Plague in India, 1896, 1897 - Volume 2
Year: 1896
Disease focus: Plague
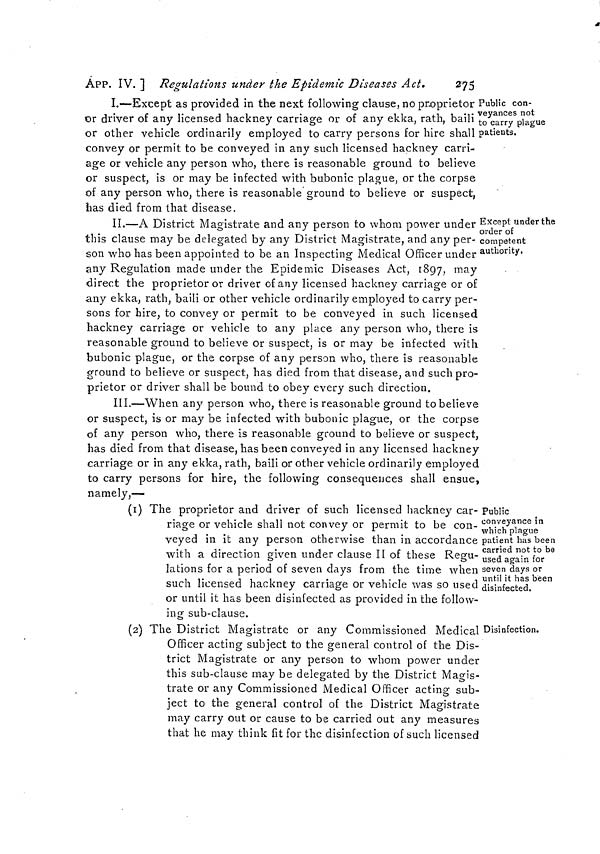
APP. IV. ] Regulations under the Epidemic Diseases Act.
275
Public con-
veyances not
to carry plague
patients.
I.—Except as provided in the next following clause, no proprietor
or driver of any licensed hackney carriage or of any ekka, rath, baili
or other vehicle ordinarily employed to carry persons for hire shall
convey or permit to be conveyed in any such licensed hackney carri-
age or vehicle any person who, there is reasonable ground to believe
or suspect, is or may be infected with bubonic plague, or the corpse
of any person who, there is reasonable ground to believe or suspect,
has died from that disease.
Except under the
order of
competent
authority.
II.—A District Magistrate and any person to whom power under
this clause may be delegated by any District Magistrate, and any per-
son who has been appointed to be an Inspecting Medical Officer under
any Regulation made under the Epidemic Diseases Act, 1897, may
direct the proprietor or driver of any licensed hackney carriage or of
any ekka, rath, baili or other vehicle ordinarily employed to carry per-
sons for hire, to convey or permit to be conveyed in such licensed
hackney carriage or vehicle to any place any person who, there is
reasonable ground to believe or suspect, is or may be infected with
bubonic plague, or the corpse of any person who, there is reasonable
ground to believe or suspect, has died from that disease, and such pro-
prietor or driver shall be bound to obey every such direction.
III.—When any person who, there is reasonable ground to believe
or suspect, is or may be infected with bubonic plague, or the corpse
of any person who, there is reasonable ground to believe or suspect,
has died from that disease, has been conveyed in any licensed hackney
carriage or in any ekka, rath, baili or other vehicle ordinarily employed
to carry persons for hire, the following conséquences shall ensue,
namely.—
Public
conveyance in
which plague
patient has been
carried not to be
used again for
seven days or
until it has been
disinfected.
(i) The proprietor and driver of such licensed hackney car-
riage or vehicle shall not convey or permit to be con-
veyed in it any person otherwise than in accordance
with a direction given under clause II of these Regu-
lations for a period of seven clays from the time when
such licensed hackney carriage or vehicle was so used
or until it has been disinfected as provided in the follow-
ing sub-clause.
Disinfection.
(2) The District Magistrate or any Commissioned Medical
Officer acting subject to the general control of the Dis-
trict Magistrate or any person to whom power under
this sub-clause may be delegated by the District Magis-
trate or any Commissioned Medical Officer acting sub-
ject to the general control of the District Magistrate
may carry out or cause to be carried out any measures
that he may think fit for the disinfection of such licensed